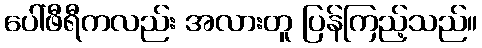
ပေါ်ဖီရီကလည်း အလားတူ ပြန်ကြည့်သည်။